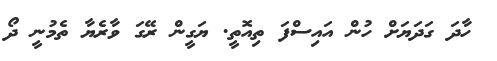
ހާދަ ގަދަޔަށް ހުން އައިސްފަ ތިއޮތީ. ޔަގީން ރޭގަ ވާރެޔާ ތެމުނީ ދޯ